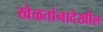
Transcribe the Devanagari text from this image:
खेळतांनादेखील